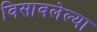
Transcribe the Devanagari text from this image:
विसावलेल्या